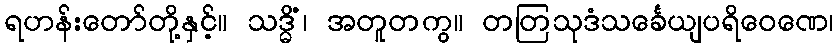
ရဟန်းတော်တို့နှင့်။ သဒ္ဓိံ၊ အတူတကွ။ တတြသုဒံသင်္ခေယျပရိဝေဏေ၊